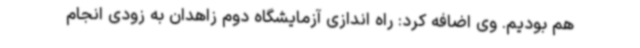
هم بودیم. وی اضافه کرد: راه اندازی آزمایشگاه دوم زاهدان به زودی انجام